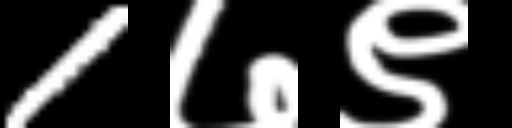
Text: 1७९